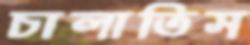
চালাতিস